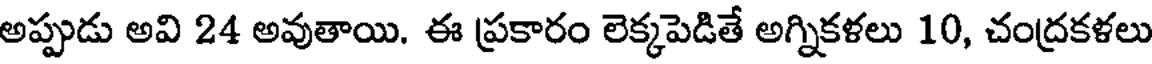
అప్పుడు అవి 24 అవుతాయి. ఈ ప్రకారం లెక్కపెడితే అగ్నికళలు 10, చంద్రకళలు